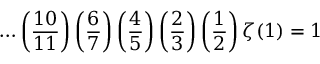
\ldots \left( { \frac { 1 0 } { 1 1 } } \right) \left( { \frac { 6 } { 7 } } \right) \left( { \frac { 4 } { 5 } } \right) \left( { \frac { 2 } { 3 } } \right) \left( { \frac { 1 } { 2 } } \right) \zeta ( 1 ) = 1